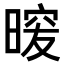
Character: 𭦿